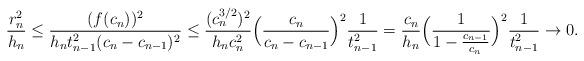
LaTeX: \begin{align*}\frac{r_{n}^{2}}{h_{n}} &\leq \frac{(f(c_{n}))^{2}}{h_{n}t_{n-1}^{2}(c_{n} - c_{n-1})^{2}} \leq \frac{(c_{n}^{3/2})^{2}}{h_{n}c_{n}^{2}}\Big{(}\frac{c_{n}}{c_{n} - c_{n-1}}\Big{)}^{2} \frac{1}{t_{n-1}^{2}} = \frac{c_{n}}{h_{n}} \Big{(}\frac{1}{1 - \frac{c_{n-1}}{c_{n}}}\Big{)}^{2} \frac{1}{t_{n-1}^{2}} \to 0.\end{align*}